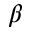
\beta